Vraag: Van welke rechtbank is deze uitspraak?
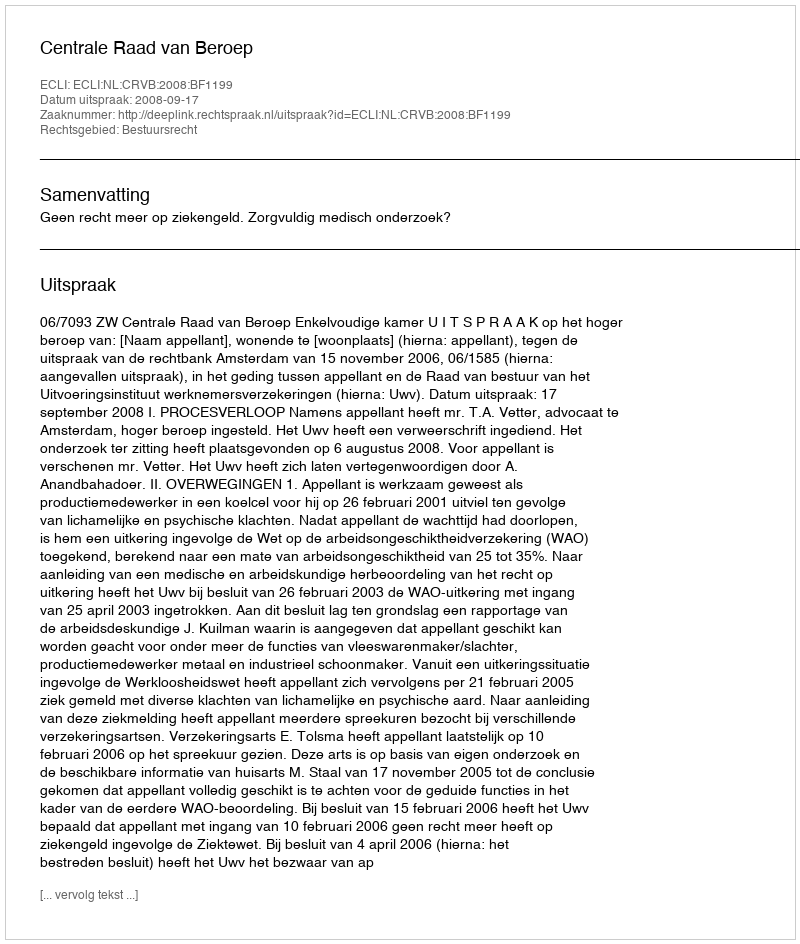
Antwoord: Centrale Raad van Beroep